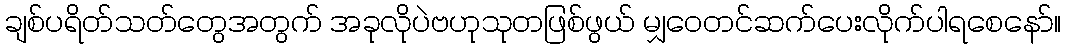
ချစ်ပရိတ်သတ်တွေအတွက် အခုလိုပဲဗဟုသုတဖြစ်ဖွယ် မျှဝေတင်ဆက်ပေးလိုက်ပါရစေနော်။